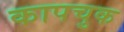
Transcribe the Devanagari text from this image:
कापचुक